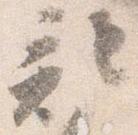
記